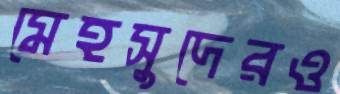
মেহসুদেরও